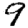
Digit: 9